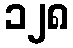
၁၂၈